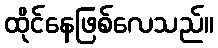
ထိုင်နေဖြစ်လေသည်။